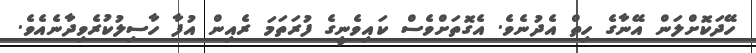
ހޭދަކޮށްލަން އޭނާގެ ހިތް އެދުނެވެ. އެގޮތަށްވެސް ކައިވެނީގެ ފުރަތަމަ ރެއިން އުފާ ހާސިލުކުރެވިދާނެއެވެ.